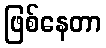
ဖြစ်နေတာ